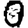
Digit: 0